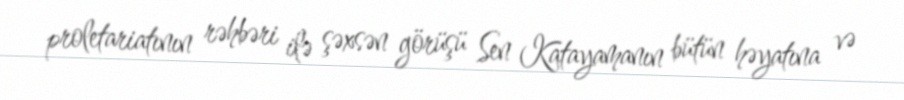
proletariatının rəhbəri ilə şəxsən görüşü Sen Katayamanın bütün həyatına və